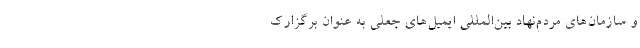
و سازمان‌های مردم‌نهاد بین‌المللی ایمیل‌های جعلی به عنوان برگزارک